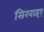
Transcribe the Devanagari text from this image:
सिखाइए